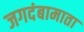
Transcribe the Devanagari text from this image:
जगदंबामाता